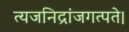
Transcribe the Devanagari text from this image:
त्यजनिद्रांजगत्पते।